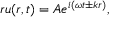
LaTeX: r u ( r , t ) = A e ^ { i ( \omega t \pm k r ) } ,